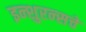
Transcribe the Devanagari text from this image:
इन्‍शुरन्‍सचे